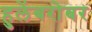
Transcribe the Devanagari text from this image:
हुलेंबरोबर